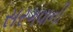
સરગવાની